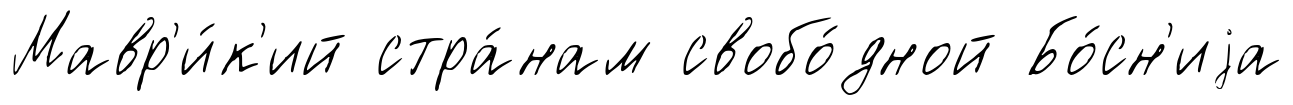
Мавр'и́к'ий стра́нам свобо́дной Бо́сн'иjа